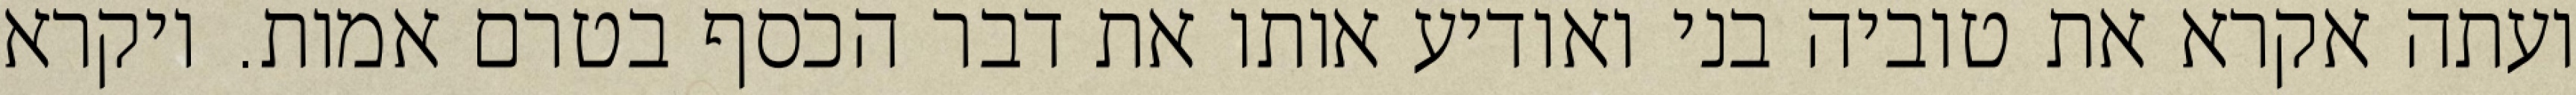
ועתה אקרא את טוביה בני ואודיע אותו את דבר הכסף בטרם אמות. ויקרא